Annual vaccination report of Bihar and Orissa - 1911-1928
Year: 1911
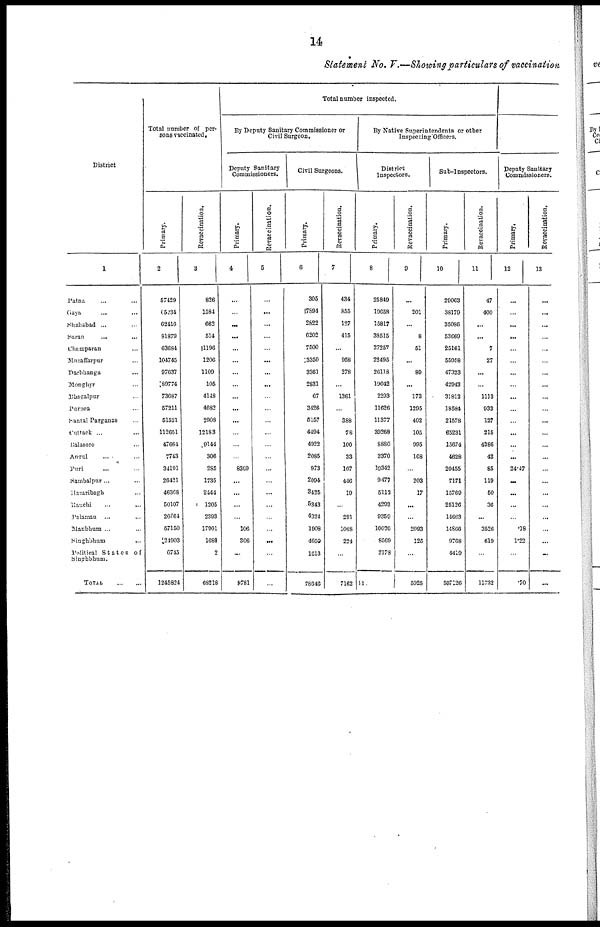
14
Statement No. V.—Showing particulars of vaccination
District
1
Patna ... ...
Gaya
... ...
Shahabad ... ...
Saran ... ...
Champaran ...
Muzaffarpur ...
Darbhanga ...
Monghyr ...
Dhagalpur ...
Puraea ...
Santal Parganas ...
Cuttack ... ...
Balasore ...
Angul ... ...
Puri ... ...
Sambalpur... ...
Hazaribagh ...
Ranchi ... ...
Palamau ...
...
Manbhum ... ...
Singhbhum ...
Political States of
Singhbhum.
TOTAL
...
...
Total number of per-
sons vaccinated.
Primary.
2
57429
65234
62416
81879
63684
104745
97637
89774
73687
57211
51521
112651
47664
7743
34191
26421
46368
50107
26664
57150
24903
6745
1245824
Revaccination.
3
826
1584
662
514
1196
1206
1109
105
4148
4682
2908
12183
9144
306
285
1735
2444
1205
2393
17901
1680
2
68218
Total number inspected.
By Deputy Sanitary Commissioner or
Civil Surgeon.
Deputy Sanitary
Commissioners.
Primary.
4
...
...
...
...
...
...
...
...
...
...
...
...
...
...
8369
...
...
...
...
106
306
...
8781
Revaccination.
5
...
...
...
...
...
...
...
...
...
...
...
...
...
...
...
...
...
...
...
...
...
...
...
Civil Surgeons.
Primary.
6
305
7894
2822
6202
7500
3350
3361
2831
67
3426
5157
4494
4922
2085
973
2094
3425
5343
4324
1908
4650
1613
78646
Revaccination.
7
434
855
127
415
...
958
278
...
1361
...
388
78
100
33
107
446
19
...
291
1048
224
...
7162
By Native Superintendents or other
Inspecting Officers.
District
Inspectors.
Primary.
8
25849
19658
15817
38515
27257
22495
26118
19042
2293
11626
11377
39268
8880
3370
19342
9477
5112
4293
9359
10026
8569
2178
33
Revaccination.
9
...
201
...
8
51
...
89
...
173
1295
402
105
995
168
...
203
17
...
...
2093
125
...
5925
Sub-Inspectors.
Primary.
10
20063
38179
35086
53669
25161
55958
47323
42943
31812
18584
21578
65231
15674
4628
20455
7171
15769
25126
14663
14S66
9768
4419
597126
Revaccination.
11
47
400
...
...
7
27
...
...
1113
933
127
215
4386
42
85
119
50
36
...
3526
619
...
11732
Deputy Sanitary
Commissioners.
Primary.
12
...
...
...
...
...
...
...
...
...
...
...
...
...
...
24.47
...
...
...
...
.18
1.22
...
.70
Revaccination.
13
...
...
...
...
...
...
...
...
...
...
...
...
...
...
...
...
...
...
...
...
...
...
...